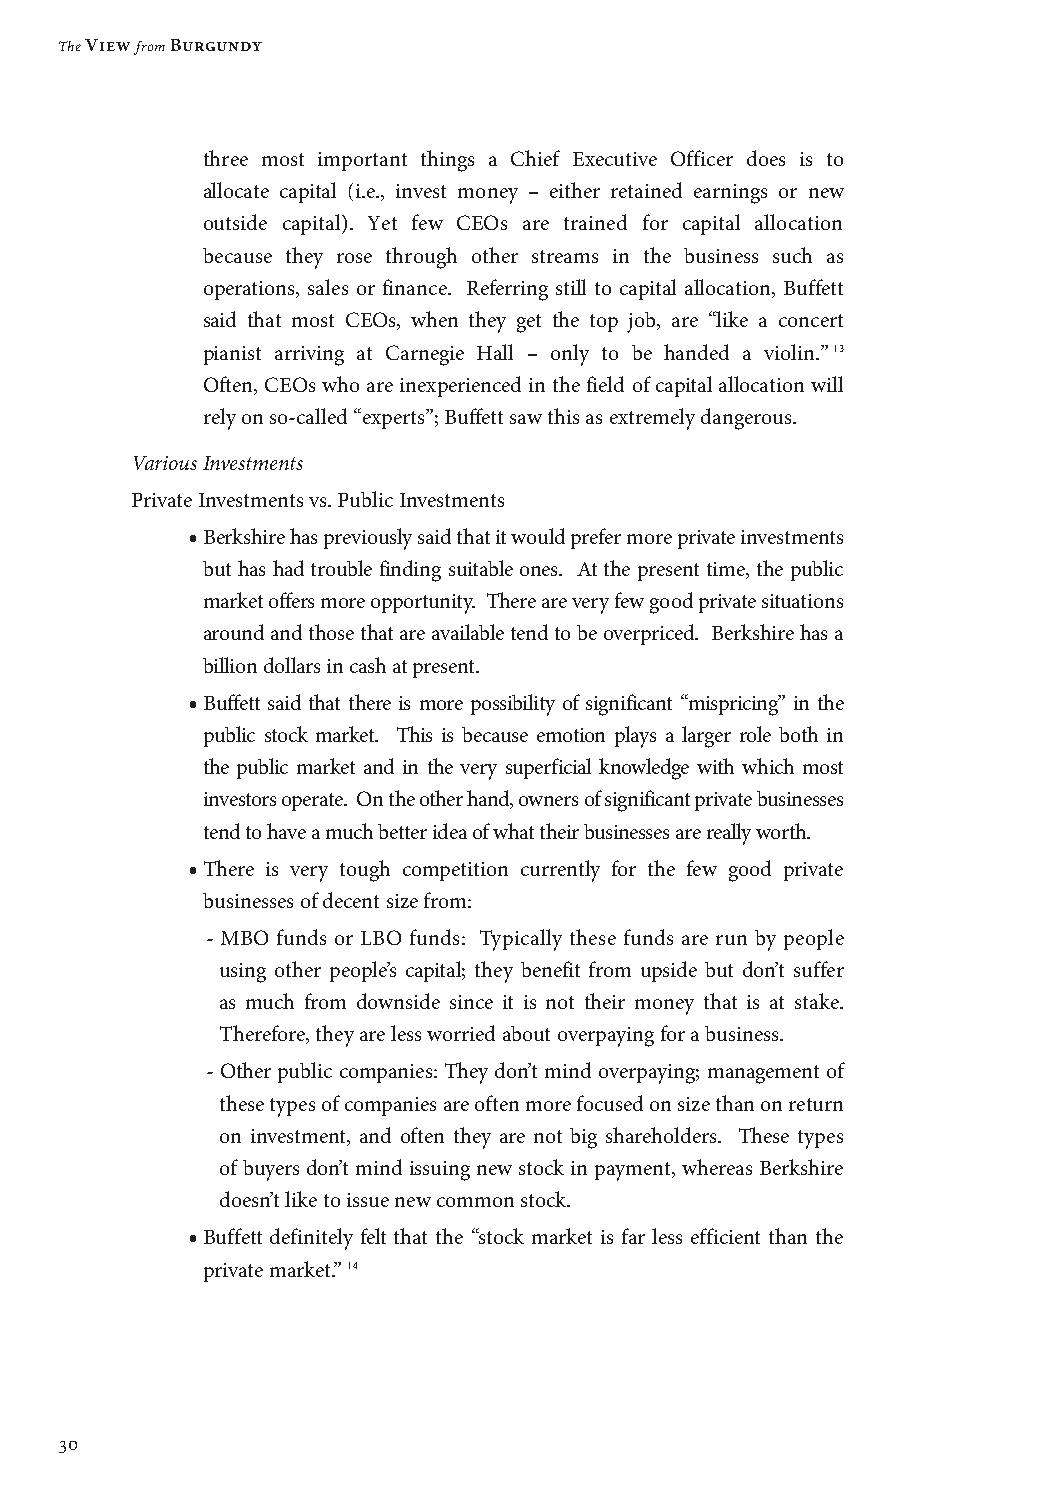
The View from Burgundy
 three most important things a Chief Executive Officer does is to
 allocate capital (i.e., invest money – either retained earnings or new
 outside capital). Yet few CEOs are trained for capital allocation
 because they rose through other streams in the business such as
 operations, sales or finance. Referring still to capital allocation, Buffett
 said that most CEOs, when they get the top job, are “like a concert
 pianist arriving at Carnegie Hall – only to be handed a violin.”13
 Often, CEOs who are inexperienced in the field of capital allocation will
 rely on so-called “experts”; Buffett saw this as extremely dangerous.
 Various Investments
 Private Investments vs. Public Investments
 • Berkshire has previously said that it would prefer more private investments
 but has had trouble finding suitable ones. At the present time, the public
 market offers more opportunity. There are very few good private situations
 around and those that are available tend to be overpriced. Berkshire has a
 billion dollars in cash at present.
 • Buffett said that there is more possibility of significant “mispricing” in the
 public stock market. This is because emotion plays a larger role both in
 the public market and in the very superficial knowledge with which most
 investors operate. On the other hand, owners of significant private businesses
 tend to have a much better idea of what their businesses are really worth.
 • There is very tough competition currently for the few good private
 businesses of decent size from:
 - MBO funds or LBO funds: Typically these funds are run by people
 using other people’s capital; they benefit from upside but don’t suffer
 as much from downside since it is not their money that is at stake.
 Therefore, they are less worried about overpaying for a business.
 - Other public companies: They don’t mind overpaying; management of
 these types of companies are often more focused on size than on return
 on investment, and often they are not big shareholders. These types
 of buyers don’t mind issuing new stock in payment, whereas Berkshire
 doesn’t like to issue new common stock.
 • Buffett definitely felt that the “stock market is far less efficient than the
 private market.” 14
 30